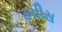
ડચીસ